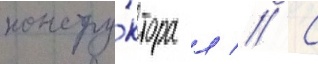
констру́ктора л // С